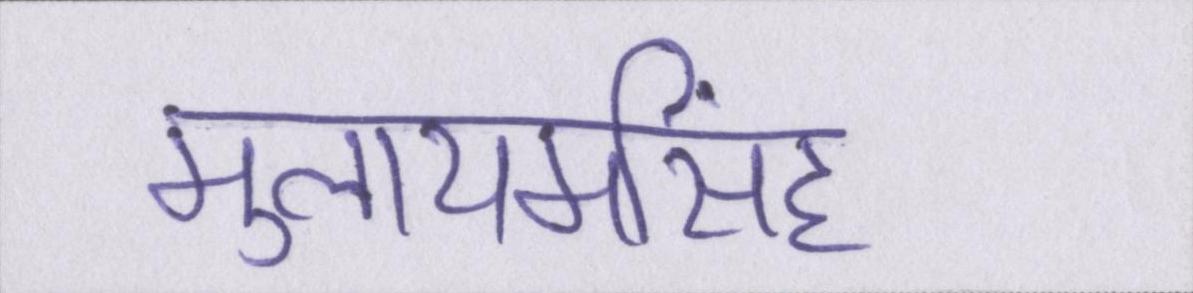
मुलायमसिंह